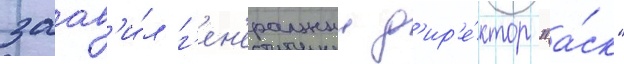
заав'и́л г'ен'еральныи д'ир'е́ктор "а́ск"